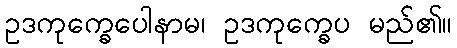
ဥဒကုက္ခေပေါနာမ၊ ဥဒကုက္ခေပ မည်၏။